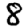
Digit: 8